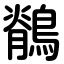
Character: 鶺